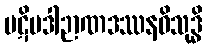
ပဋိပဒါဉာဏဒဿနဝိသုဒ္ဓိ